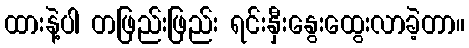
ထားနဲ့ပါ တဖြည်းဖြည်း ရင်းနှီးနွေးထွေးလာခဲ့တာ။